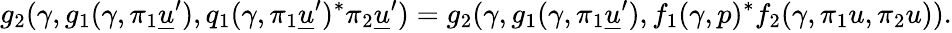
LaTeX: g_{2}(\gamma,g_{1}(\gamma,\pi_{1}\underline{{u}}^{\prime}),q_{1}(\gamma,\pi_{1}\underline{{u}}^{\prime})^{*}\pi_{2}\underline{{u}}^{\prime})=g_{2}(\gamma,g_{1}(\gamma,\pi_{1}\underline{{u}}^{\prime}),f_{1}(\gamma,p)^{*}f_{2}(\gamma,\pi_{1}u,\pi_{2}u)).